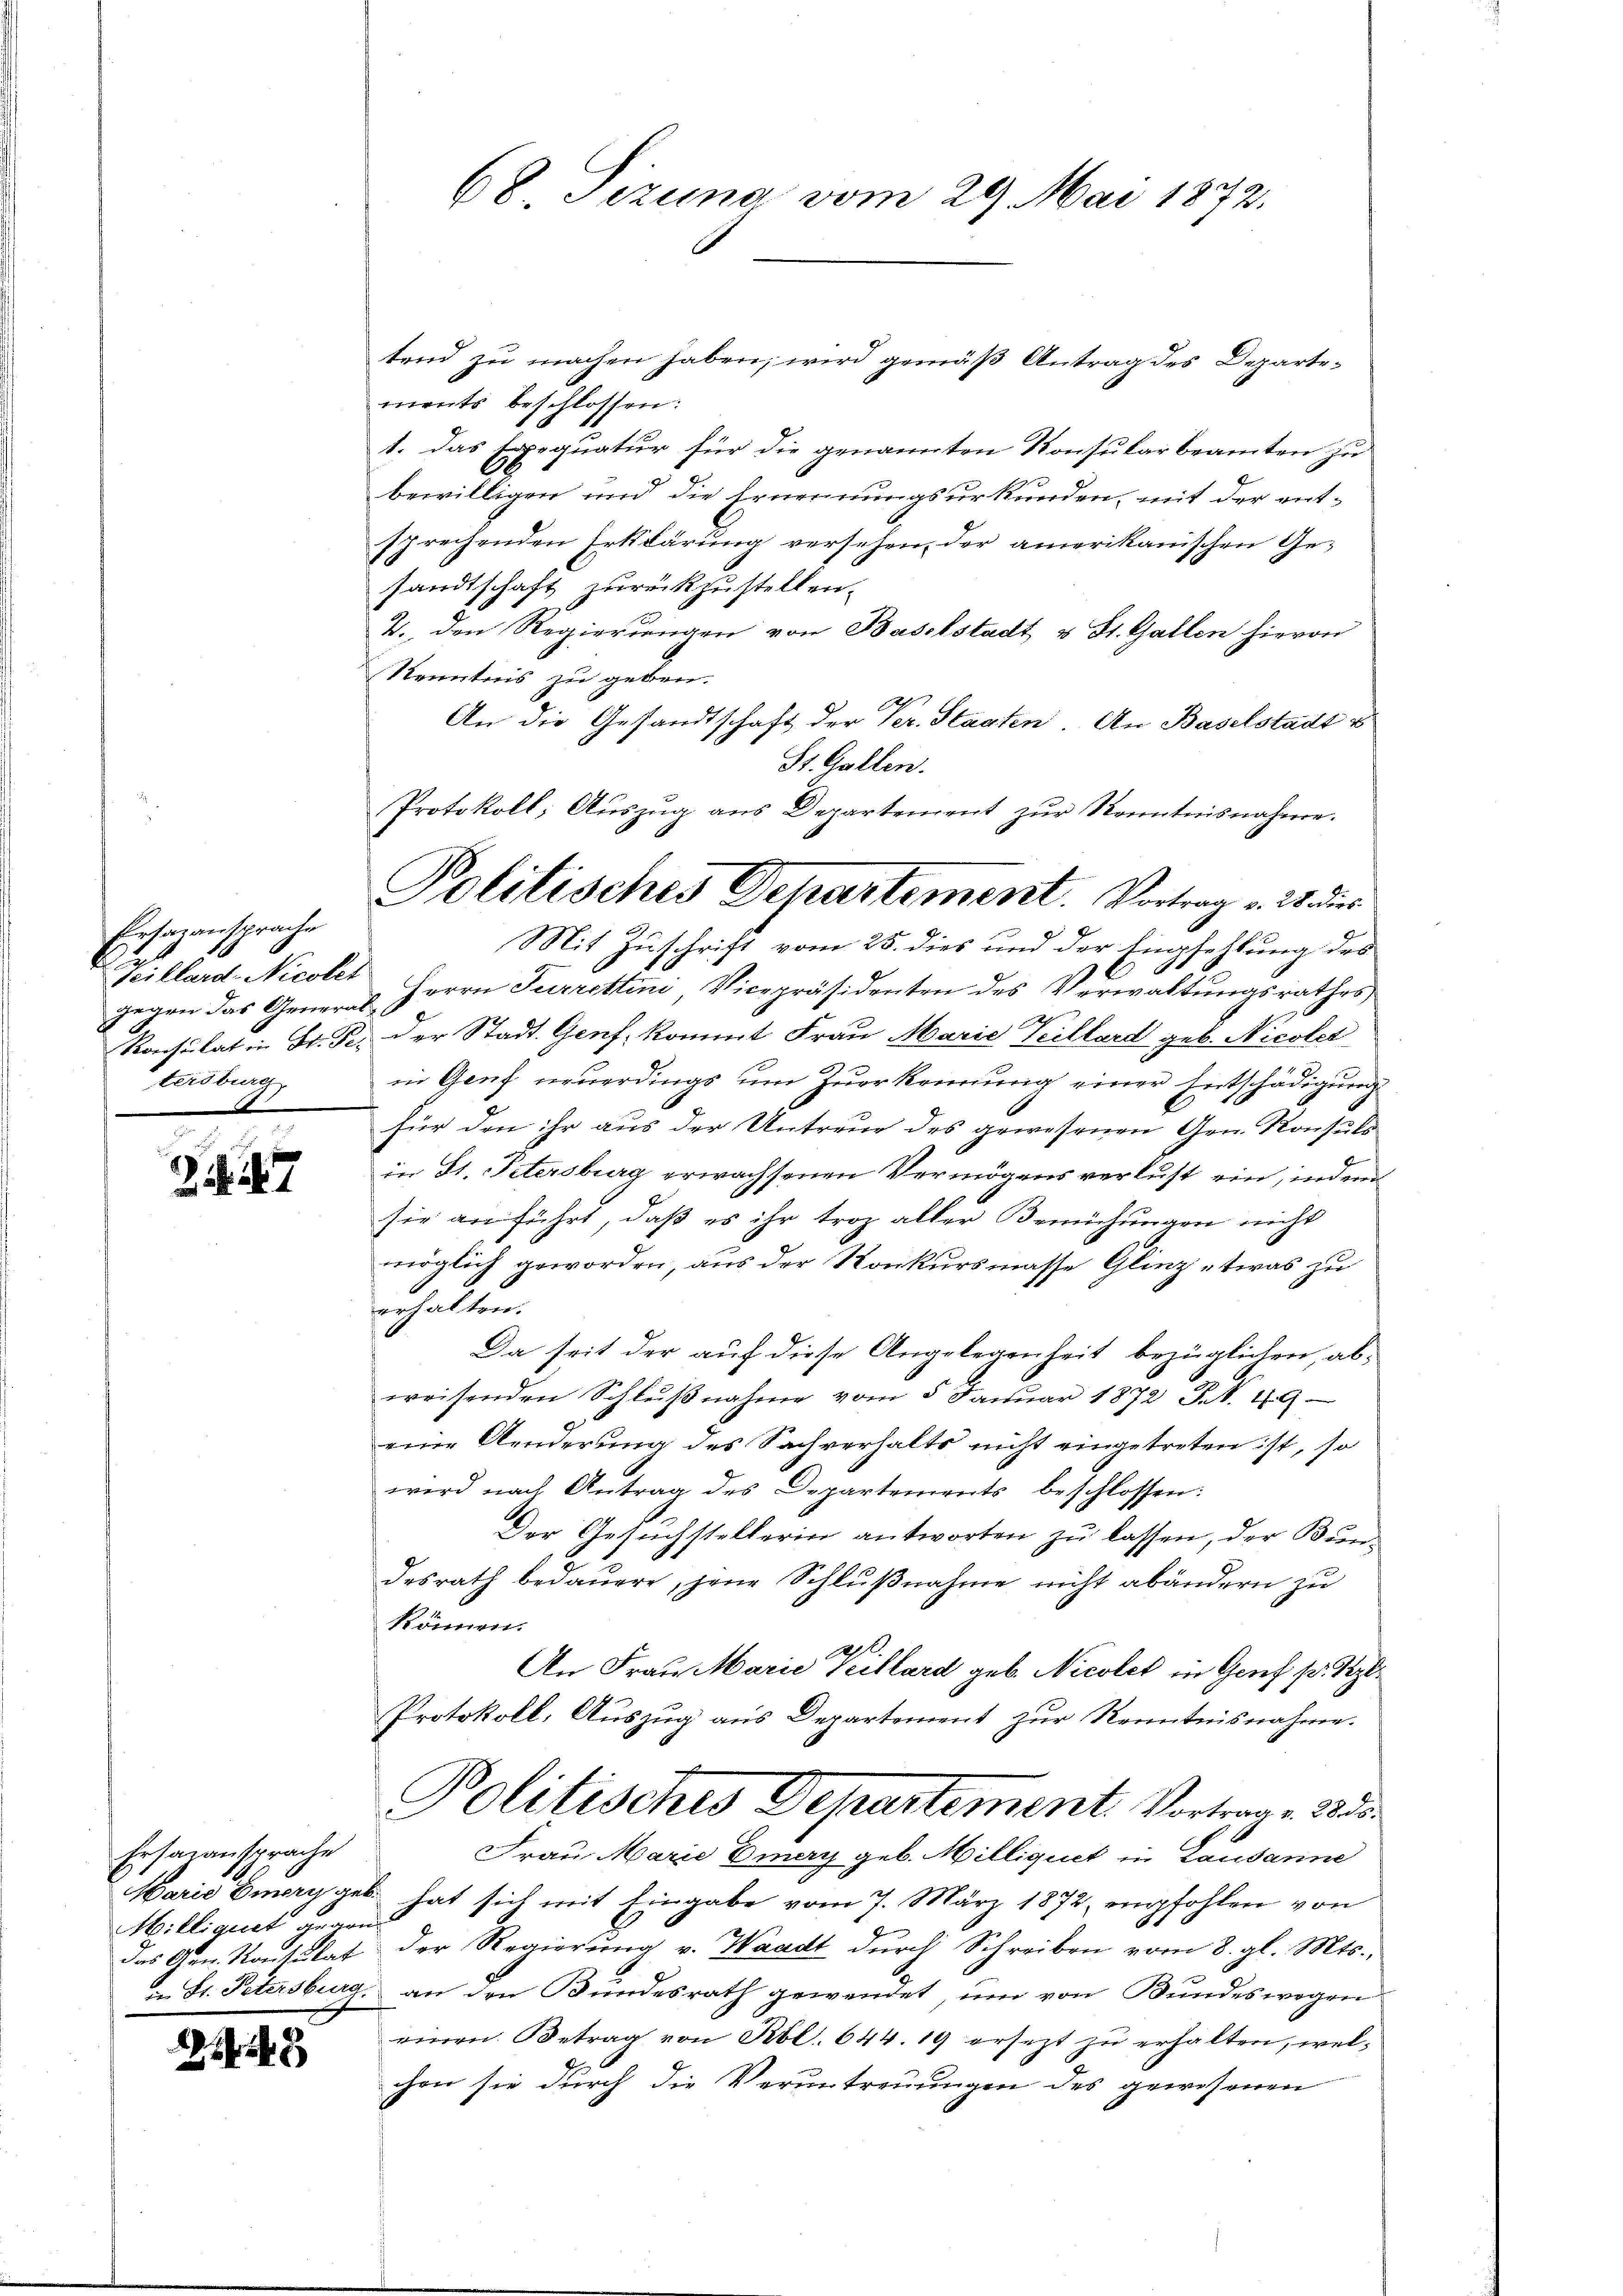
Ensazansprache
gegen das General-
tersburg,
x

Z 147

Ersanansprache
Milligert von
das Arn. Konsulat
i St. Petersburg

.

3

68 Tizuna vom 29. Mai 1872.

tend zu machen haben, wird gemäß Antrag des Departements beschlossen:
1. das Exequatur für die genannten Konsularbeamten zu
bewilligen und die Ernennungsurkunden, mit der ent-
sprechenden Erklärung versehen, der amerikanischen Gesandtschaft zurückzustellen.
2. den Regierungen von Baselstadt u St. Gallen hievon
Kenntnis zu geben.
An die Gesandtschaft der Ver. Staaten. An Baselstadt u
St. Gallen.
Mit Zuschrift vom 25. dies und der Empfehlung des
Heillard Nicolet, Herrn Furrettini, Vicepräsidenten des Verwaltungsrathes
Konsulat in St. F. der Stadt Genf, kommt Frau Marie Teillard geb. Nicoler
in Genf neuerdings um zuerkennung einer Entschädigung
für den ihr aus der Untreue des gewesenen Gen. Konsuls
in St. Petersburg erwachsenen Vermögens verlust ein, indem
sie an führt, daß es ihr troz aller Bemühungen nicht
möglich geworden, aus der Konkursmasse Glanz etwas zu
erhalten.
Da seit der auf diese Angelegenheit bezüglichen, abweisenden Schlŭβnahme vom 5. Januar 1872 Frk. 49
eine Aenderung des Sachverhalts nicht eingetreten ist, so
wird nach Antrag des Departements beschlossen:
Der Gesuchstellerin antworten zu lassen, der Bundesrath bedauere, jene Schlußnahme nicht abändern zu
können.
.
An Frau Marie Teillard geb. Nicolet in Genf pr. Beze
Protokoll, Auszug aus Departement zur Kenntnisnahme.
Politisches Departement. Vortrage d
Frau Marie Eiery geb. Milliquet in Lausanne
Wario Emerz geb. hat sich mit Eingabe vom 7. März 1872, empfohlen von
 der Regierŭng v. Waadt dŭrch Schreiben vom 8. gl. Mts.,
2. an den Bundesrath gewendet, um von Bundeswegen
einen Betrag von Rbl. 644. 19 ersezt zu erhalten, welchon sie durch die Veruntreuungen des gewesenen

Protokoll; Aŭszŭg ans Departement zŭr Kenntnisnahme.
Politisches Departement. Vortrag v. 28. dies